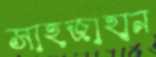
সাহজাহান